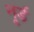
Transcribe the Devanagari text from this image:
नूर्ड